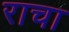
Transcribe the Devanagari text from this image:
राचा